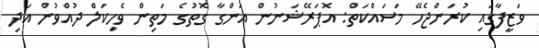
ވަޒީފާގައި ކުރަންޖެހޭ މަސައްކަތް: އޮޕަރޭޝަނުން އަންގާ ގޮތުގެ މަތިން ވެހިކަލް ދުއްވުން އަދި